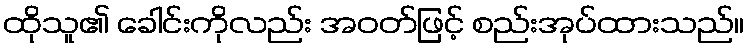
ထိုသူ၏ ခေါင်းကိုလည်း အဝတ်ဖြင့် စည်းအုပ်ထားသည်။